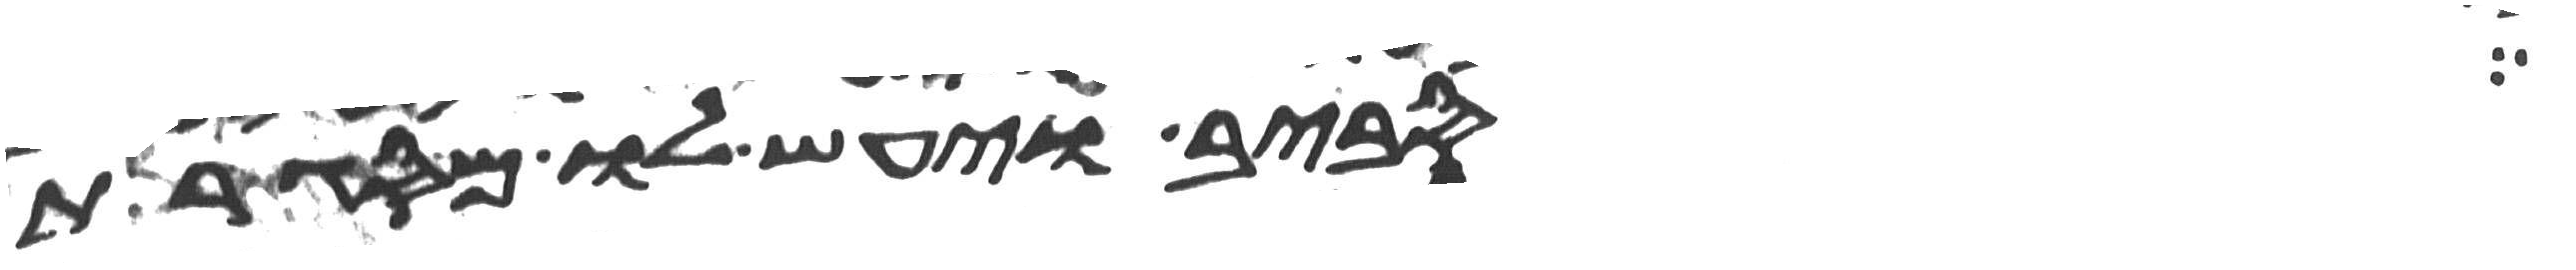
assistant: סביב ויעש לו מסגרת